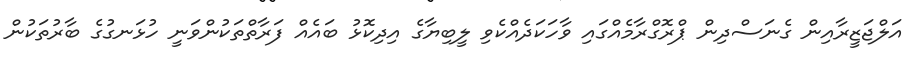
އަލްޖަޒީރާއިން ގެނަސްދިން ޕްރޮގްރާމެއްގައި ވާހަކަދެއްކެވި ލީބިޔާގެ އިދިކޮޅު ބައެއް ފަރާތްތަކުންވަނީ ހުޅަނގުގެ ބާރުތަކުން